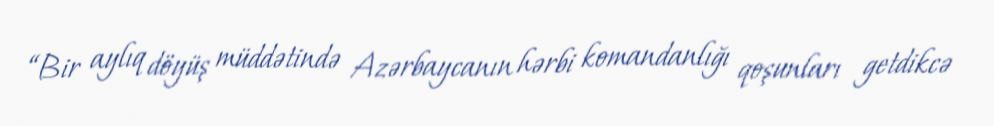
“Bir aylıq döyüş müddətində Azərbaycanın hərbi komandanlığı qoşunları getdikcə